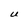
Character: U